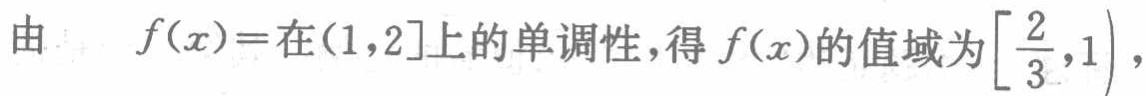
由 \(f(x)=\)在\((1,2]\)上的单调性，得\(f(x)\)的值域为\(\left[\dfrac{2}{3},1\right)\)，